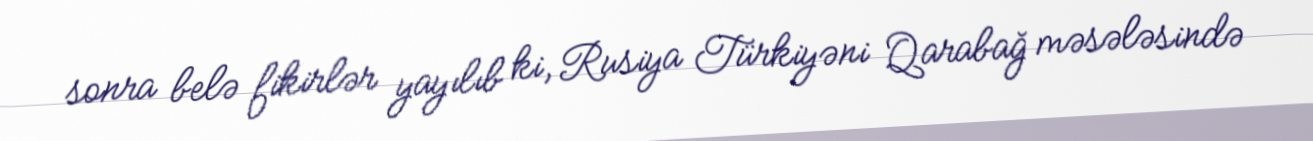
sonra belə fikirlər yayılıb ki, Rusiya Türkiyəni Qarabağ məsələsində